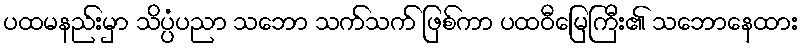
ပထမနည်းမှာ သိပ္ပံပညာ သဘော သက်သက် ဖြစ်ကာ ပထဝီမြေကြီး၏ သဘောနေထား